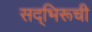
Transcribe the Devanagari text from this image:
सद्‌भिरूची